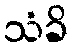
သံခိ